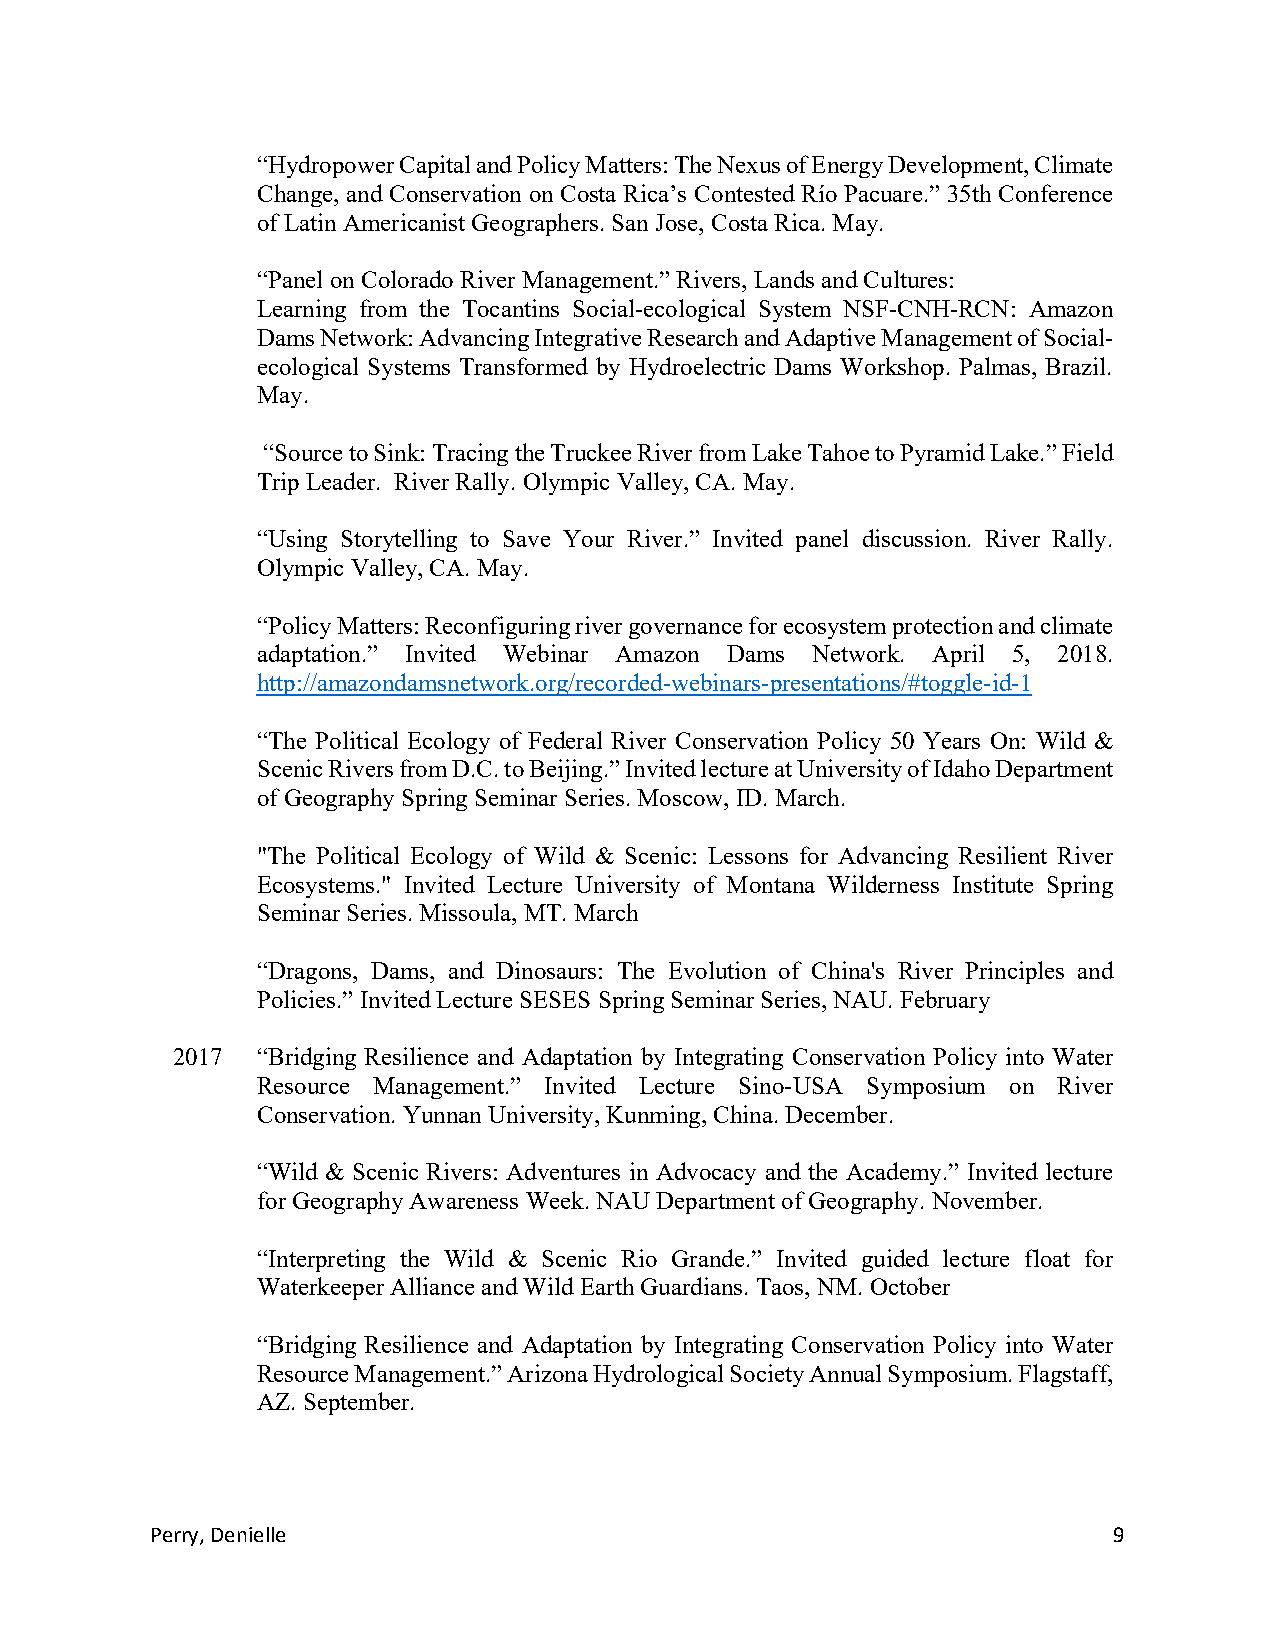
“Hydropower Capital and Policy Matters: The Nexus of Energy Development, Climate
 Change, and Conservation on Costa Rica’s Contested Río Pacuare.” 35th Conference
 of Latin Americanist Geographers. San Jose, Costa Rica. May.
 “Panel on Colorado River Management.” Rivers, Lands and Cultures:
 Learning from the Tocantins Social-ecological System NSF-CNH-RCN: Amazon
 Dams Network: Advancing Integrative Research and Adaptive Management of Social-
 ecological Systems Transformed by Hydroelectric Dams Workshop. Palmas, Brazil.
 May.
 “Source to Sink: Tracing the Truckee River from Lake Tahoe to Pyramid Lake.” Field
 Trip Leader. River Rally. Olympic Valley, CA. May.
 “Using Storytelling to Save Your River.” Invited panel discussion. River Rally.
 Olympic Valley, CA. May.
 “Policy Matters: Reconfiguring river governance for ecosystem protection and climate
 adaptation.” Invited Webinar Amazon Dams Network. April 5, 2018.
 http://amazondamsnetwork.org/recorded-webinars-presentations/#toggle-id-1
 “The Political Ecology of Federal River Conservation Policy 50 Years On: Wild &
 Scenic Rivers from D.C. to Beijing.” Invited lecture at University of Idaho Department
 of Geography Spring Seminar Series. Moscow, ID. March.
 "The Political Ecology of Wild & Scenic: Lessons for Advancing Resilient River
 Ecosystems." Invited Lecture University of Montana Wilderness Institute Spring
 Seminar Series. Missoula, MT. March
 “Dragons, Dams, and Dinosaurs: The Evolution of China's River Principles and
 Policies.” Invited Lecture SESES Spring Seminar Series, NAU. February
 2017  “Bridging Resilience and Adaptation by Integrating Conservation Policy into Water
 Resource Management.” Invited Lecture Sino-USA Symposium on River
 Conservation. Yunnan University, Kunming, China. December.
 “Wild & Scenic Rivers: Adventures in Advocacy and the Academy.” Invited lecture
 for Geography Awareness Week. NAU Department of Geography. November.
 “Interpreting the Wild & Scenic Rio Grande.” Invited guided lecture float for
 Waterkeeper Alliance and Wild Earth Guardians. Taos, NM. October
 “Bridging Resilience and Adaptation by Integrating Conservation Policy into Water
 Resource Management.” Arizona Hydrological Society Annual Symposium. Flagstaff,
 AZ. September.
 Perry, Denielle                                                 9